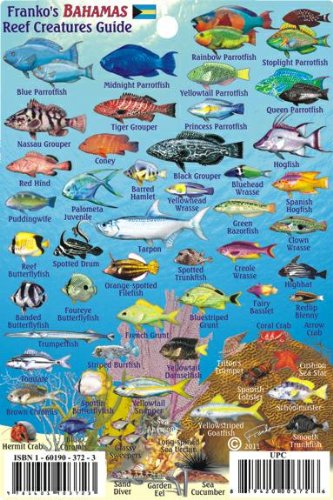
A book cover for Bahamas Reef Creatures Identification Guide Franko Maps Laminated Fish Card 4"x6"; Franko Maps Ltd.; Travel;